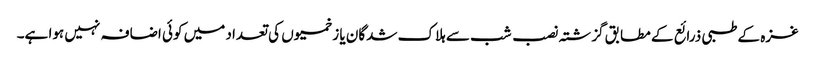
غزہ کے طبی ذرائع کے مطابق گزشتہ نصب شب سے ہلاک شدگان یا زخمیوں کی تعداد میں کوئی اضافہ نہیں ہوا ہے۔